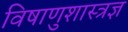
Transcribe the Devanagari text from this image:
विषाणुशास्त्रज्ञ